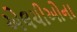
એલચીઓના